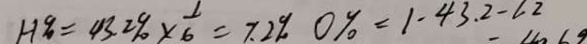
H \% = 4 3 . 2 \% \times \frac { 1 } { 6 } = 7 . 2 \% 0 \% = 1 - 4 3 . 2 - \angle 2